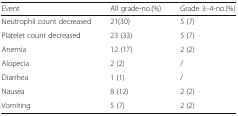
| Event | All grade-no.(%) | Grade 3–4-no.(%) |
 | --- | --- | --- |
 | Neutrophil count decreased | 21(30) | 5 (7) |
 | Platelet count decreased | 23 (33) | 5 (7) |
 | Anemia | 12 (17) | 2 (2) |
 | Alopecia | 2 (2) | / |
 | Diarrhea | 1 (1) | / |
 | Nausea | 8 (12) | 2 (2) |
 | Vomiting | 5 (7) | 2 (2) |